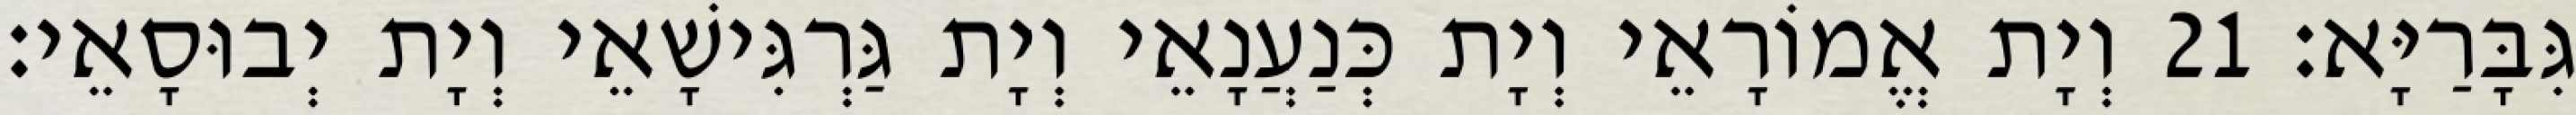
גִּבָּרַיָּא׃ 21 וְיָת אֱמוֹרָאֵי וְיָת כְּנַעֲנָאֵי וְיָת גַּרְגִּישָׁאֵי וְיָת יְבוּסָאֵי׃